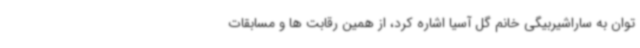
توان به ساراشیربیگی خانم گل آسیا اشاره کرد، از همین رقابت ها و مسابقات